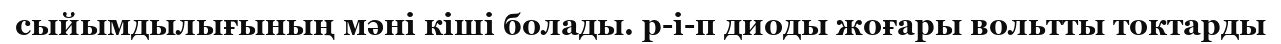
сыйымдылығының мәні кіші болады. р-і-п диоды жоғары вольтты токтарды